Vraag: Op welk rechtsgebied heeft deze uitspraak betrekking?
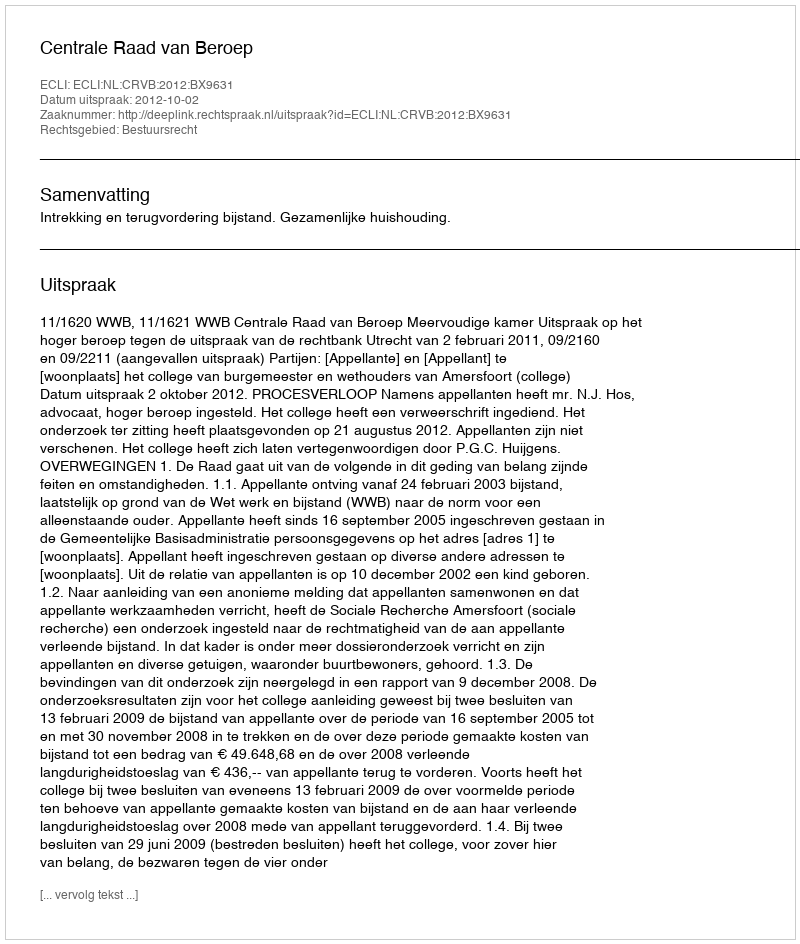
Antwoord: Bestuursrecht